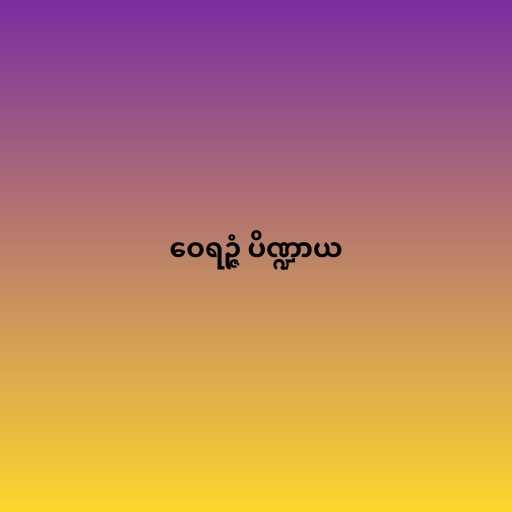
ဝေရဉ္ဇံ ပိဏ္ဍာယ